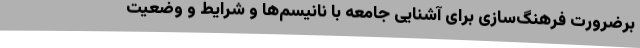
برضرورت فرهنگ‌سازی برای آشنایی جامعه با نانیسم‌ها و شرایط و وضعیت